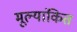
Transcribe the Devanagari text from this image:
मूल्‍यांकित